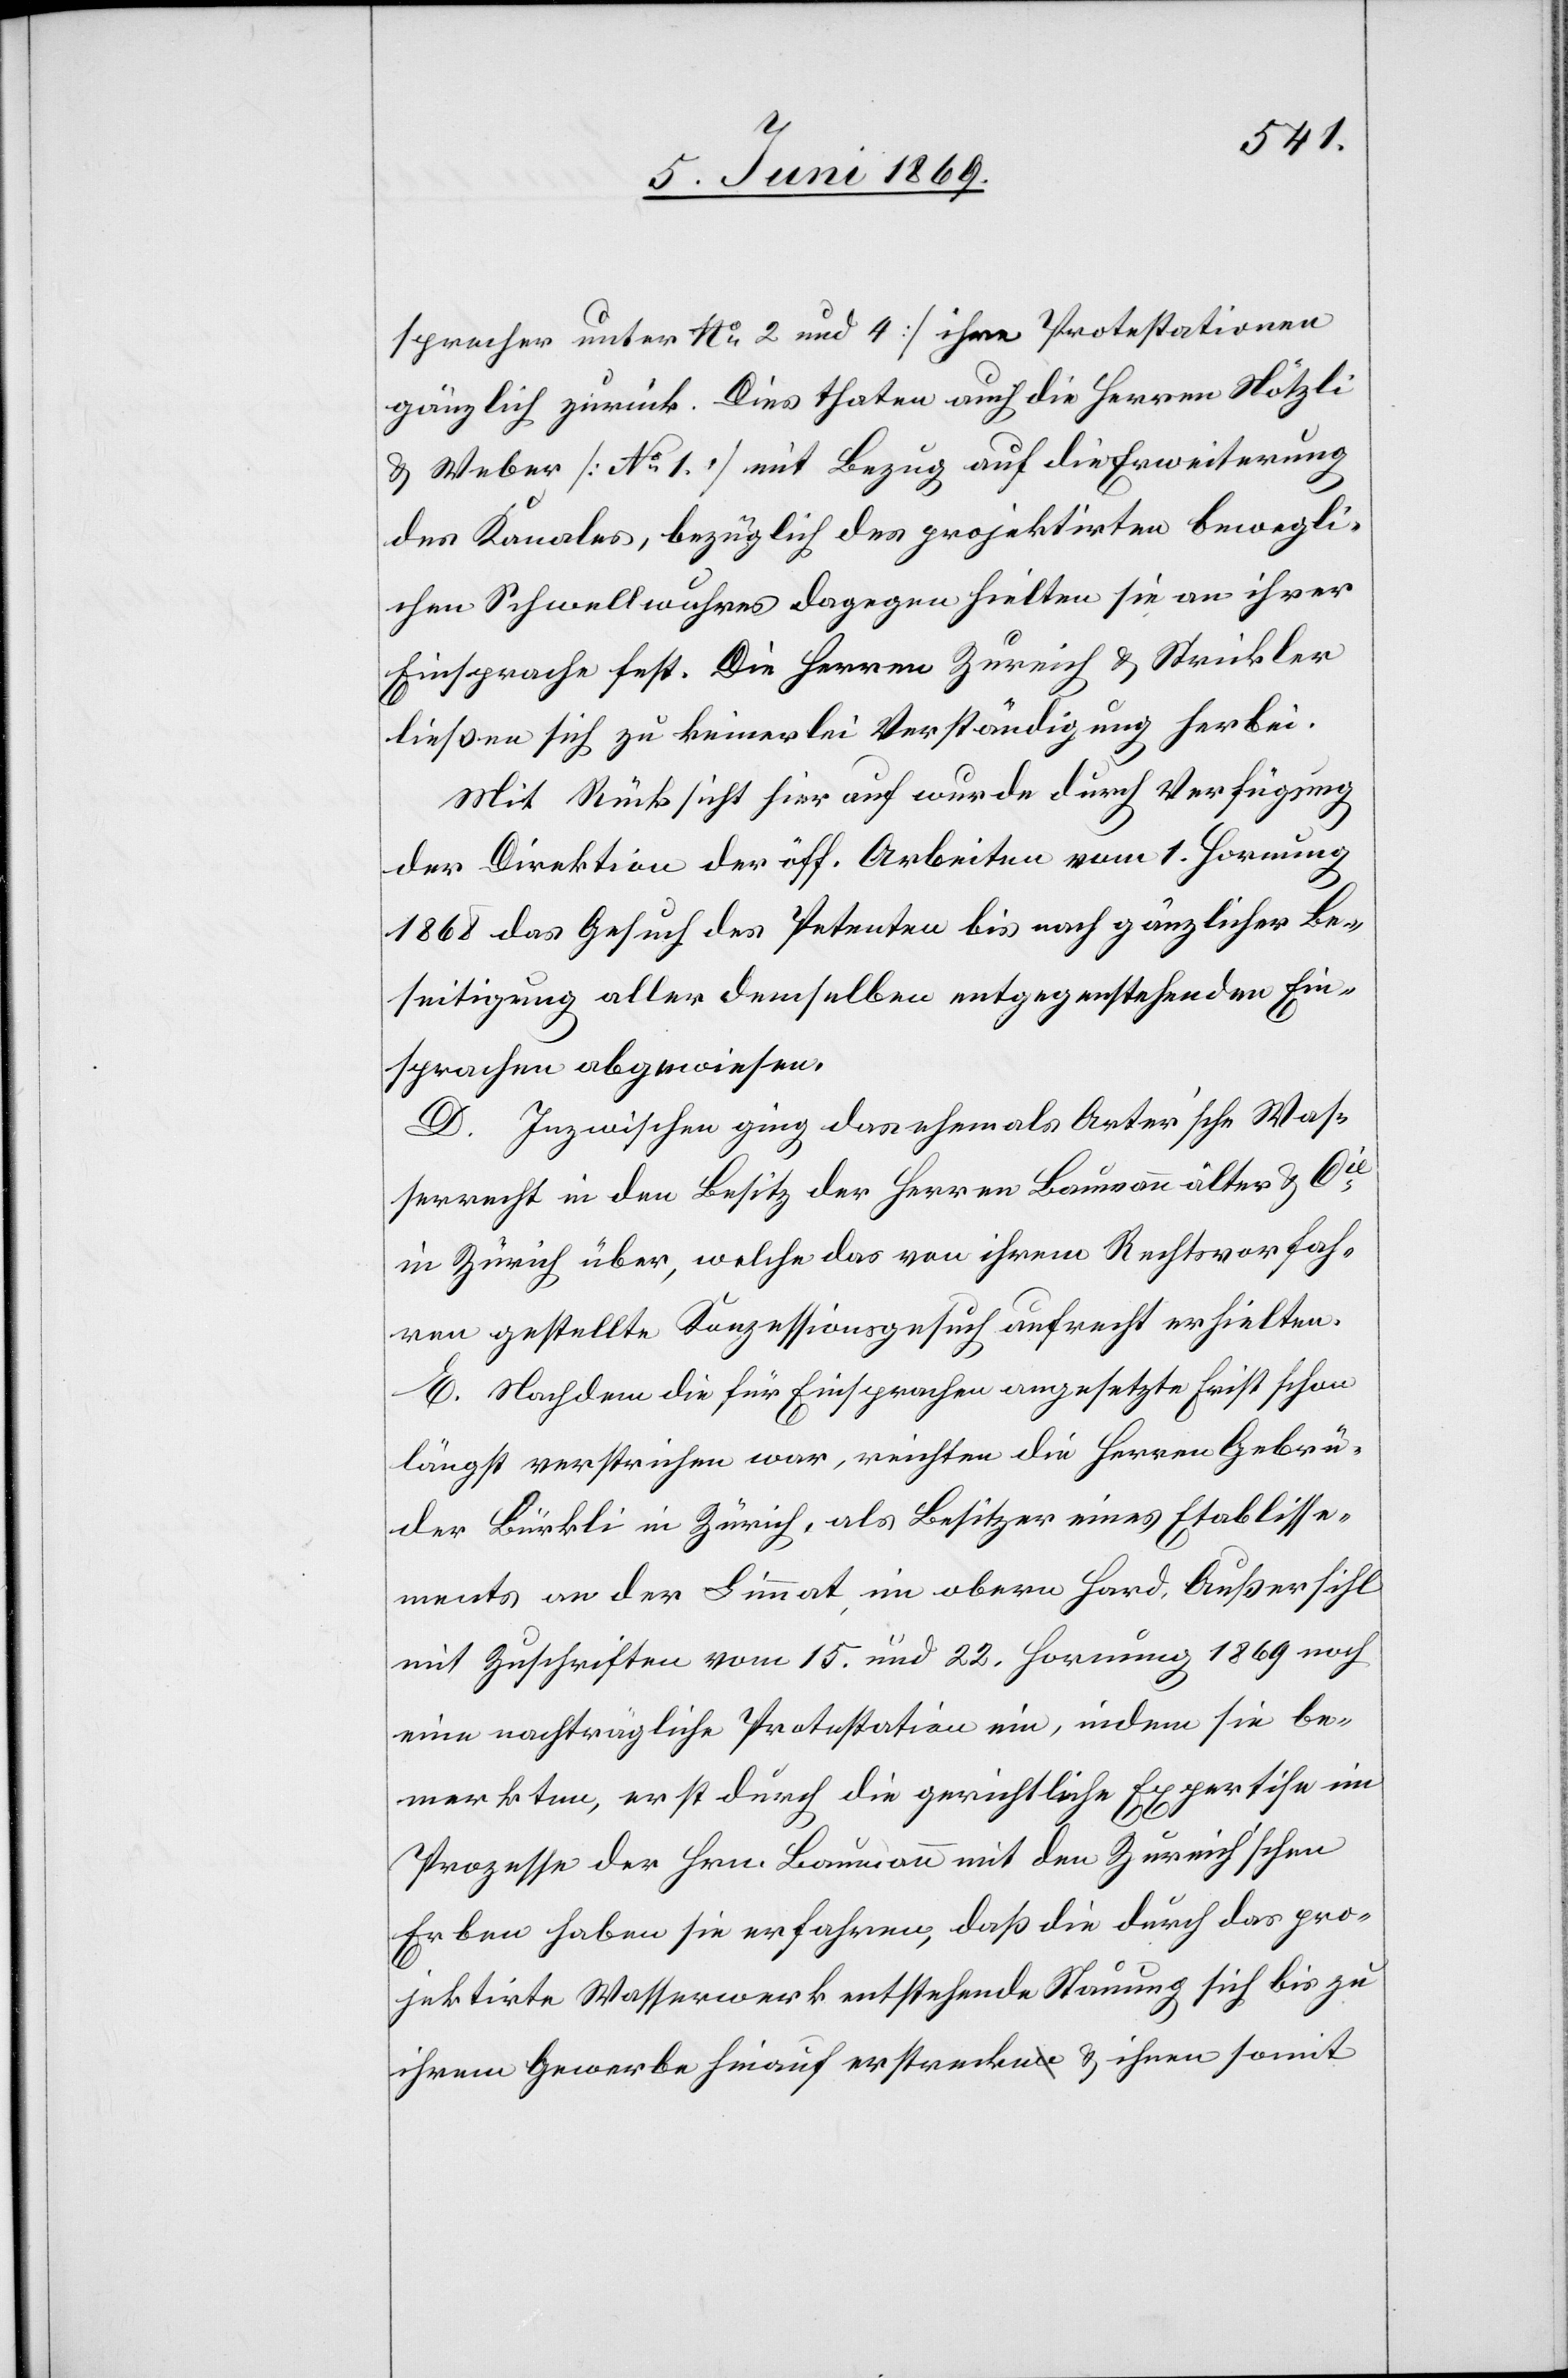
u.
sprecher unter No 2 und 4] ihre Protestationen
gänzlich zurück. Dies thaten auch die Herren Nötzli
u. Weber [No 1] mit bezug auf die Erweiterung
des Kanales, bezüglich des projektirten bewegli¬
chen Schwellwuhres dagegen hielten sie an ihrer
Einsprache fest. Die Herren Zureich u. Strickler
ließen von sich zu keinerlei Verständigung herbei.
Mit Rücksicht hierauf wurde durch Verfügung
der Direktion der öff. Arbeiten vom 1. Hornung
1868 das Gesuch des Petenten bis nach gänzlicher Be¬
seitigung aller denselben entgegenstehenden Ein¬
sprachen abgewiesen.
D. Inzwischen ging das ehemals Arter’sche Was¬
serrecht in den Besitz der Herren Baumann älter u. Cie
in Zürich über, welche das von ihrem Rechtsvorfah¬
ren gestellte Konzessionsgesuch aufrecht erhielten.
E. Nachdem die für Einsprachen angesetzte Frist schon
längst verstrichen war, reichten die Herren Gebrü¬
der Bürkli in Zürich, als Besitzer eines Etablisse¬
ments an der Limmat, im obern Hard, Außersihl
mit Zuschriftem vom 15. und 22. Hornung 1869 noch
eine nachträglich Protestation ein, indem sie ber¬
merkten, erst durch die gerichtliche Expertise im
Prozesse der Hrn. Baumann mit den Zureich’schen
Erben haben sie erfahren, daß die durch das pro¬
jektirte Wasserwerk entstehende Stauung sich bis zu